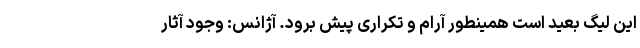
این لیگ بعید است همینطور آرام و تکراری پیش برود. آژانس: وجود آثار